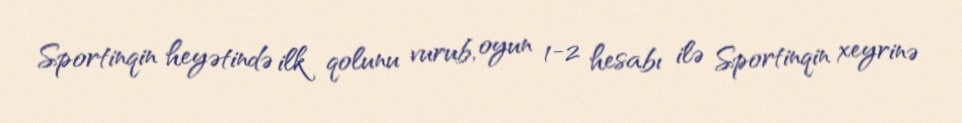
Sportinqin heyətində ilk qolunu vurub, oyun 1-2 hesabı ilə Sportinqin xeyrinə